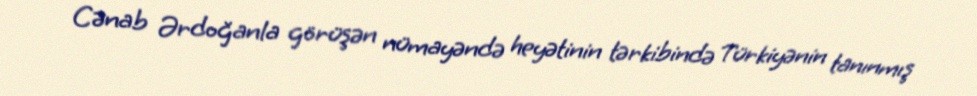
Cənab Ərdoğanla görüşən nümayəndə heyətinin tərkibində Türkiyənin tanınmış